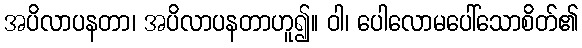
အပိလာပနတာ၊ အပိလာပနတာဟူ၍။ ဝါ၊ ပေါလောမပေါ်သောစိတ်၏